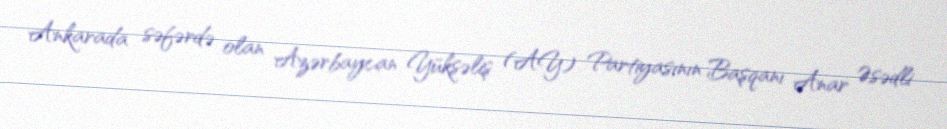
Ankarada səfərdə olan Azərbaycan Yüksəliş (AY) Partiyasının Başqanı Anar Əsədli